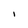
Character: I